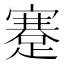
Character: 蹇